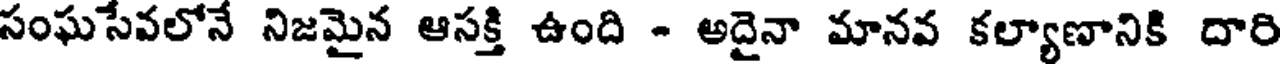
సంఘసేవలోనే నిజమైన ఆసక్తి ఉంది - అదైనా మానవ కల్యాణానికి దారి